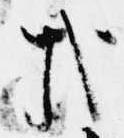
哉